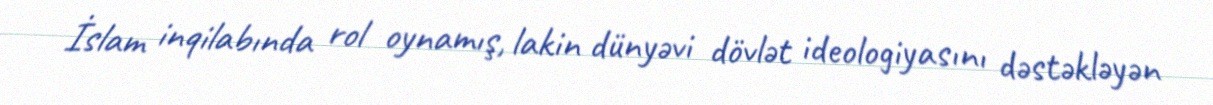
İslam inqilabında rol oynamış, lakin dünyəvi dövlət ideologiyasını dəstəkləyən